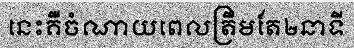
នេះគឺចំណាយពេលត្រឹមតែ២នាទី